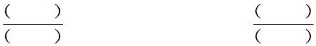
\frac{()}{()} \frac{()}{()}